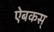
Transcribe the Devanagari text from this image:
ऐबकस्